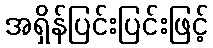
အရှိန်ပြင်းပြင်းဖြင့်